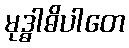
မုဒ္ဓါဓိပါတေ